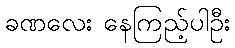
ခဏလေး နေကြည့်ပါဦး